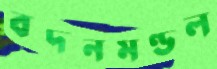
বদনমণ্ডল